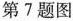
第7题图